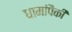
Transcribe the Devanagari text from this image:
धामांपैकी